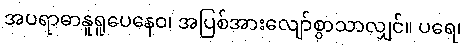
အပရာဓာနူရူပေနေဝ၊ အပြစ်အားလျော်စွာသာလျှင်။ ပရေ၊